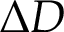
\Delta D